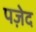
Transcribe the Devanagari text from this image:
पज़ेद